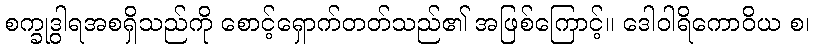
စက္ခုဒွါရအစရှိသည်ကို စောင့်ရှောက်တတ်သည်၏ အဖြစ်ကြောင့်။ ဒေါဝါရိကောဝိယ စ၊